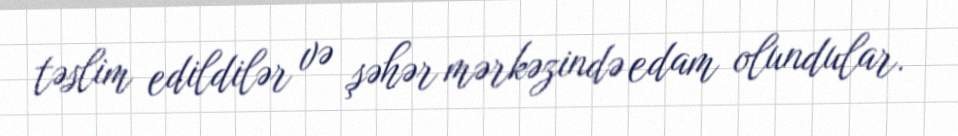
təslim edildilər və şəhər mərkəzində edam olundular.